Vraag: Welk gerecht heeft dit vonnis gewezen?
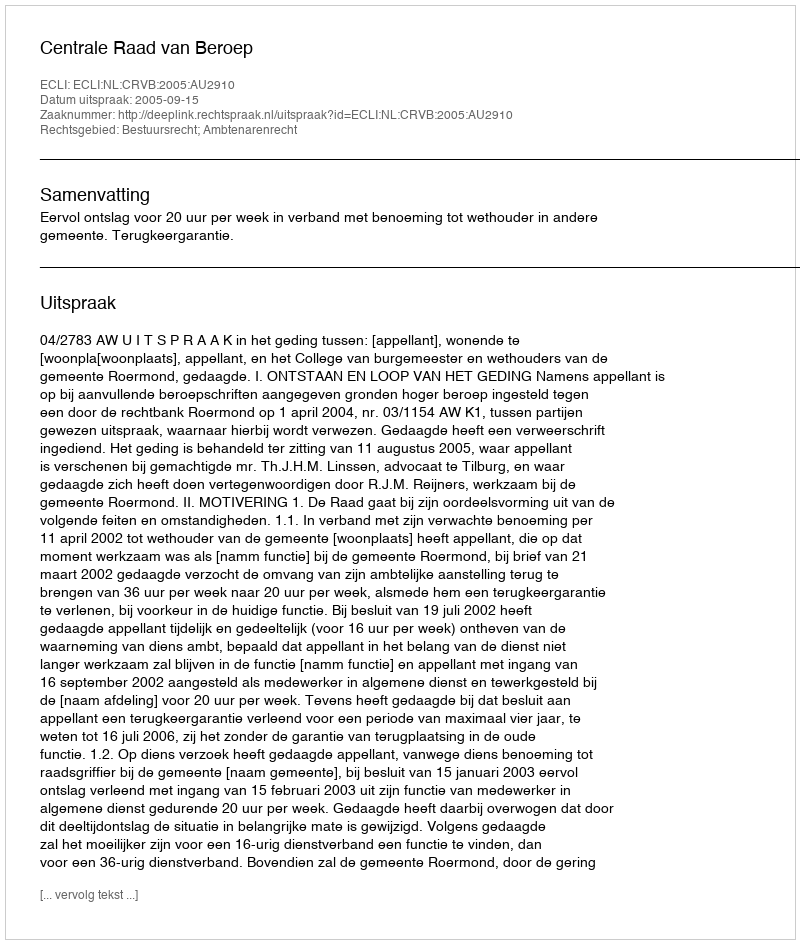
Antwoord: Centrale Raad van Beroep